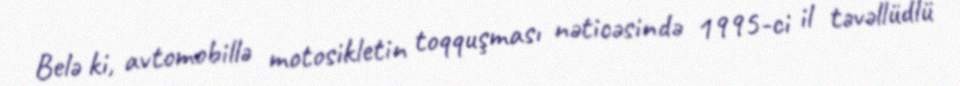
Belə ki, avtomobillə motosikletin toqquşması nəticəsində 1995-ci il təvəllüdlü